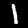
Label: 1